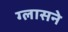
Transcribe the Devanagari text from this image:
ग्लासने